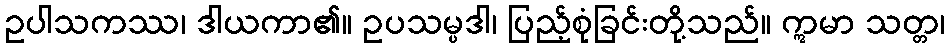
ဥပါသကဿ၊ ဒါယကာ၏။ ဥပသမ္ပဒါ၊ ပြည့်စုံခြင်းတို့သည်။ ဣမာ သတ္တ၊